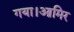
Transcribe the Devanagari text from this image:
गया।आमिर